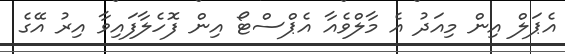
އެޕަލް އިން މިއަދު އެ މާލްވެއާ އެޕްސްޓޯ އިން ފޮހެލާފައިވާ އިރު އޭގެ